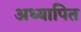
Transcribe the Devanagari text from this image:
अध्यापित